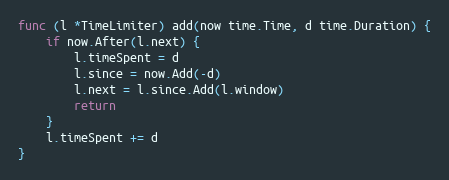
Language: Go
func (l *TimeLimiter) add(now time.Time, d time.Duration) {
	if now.After(l.next) {
		l.timeSpent = d
		l.since = now.Add(-d)
		l.next = l.since.Add(l.window)
		return
	}
	l.timeSpent += d
}